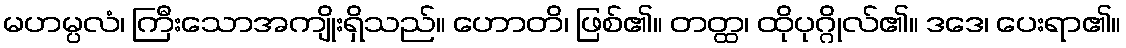
မဟမ္ပလံ၊ ကြီးသောအကျိုးရှိသည်။ ဟောတိ၊ ဖြစ်၏။ တတ္ထ၊ ထိုပုဂ္ဂိုလ်၏။ ဒဒေ၊ ပေးရာ၏။